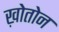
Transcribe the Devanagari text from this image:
ख़ोतोन